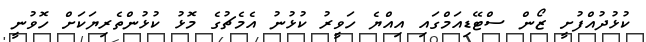
ކުޅުދުއްފުށީ ޒޯން ސްޓޭޑިއަމްގައި އިއްޔެ ހަވީރު ކުޅުނު އެމެޗުގެ މޮޅު ކުޅުންތެރިޔަކަށް ހޮވުނީ